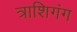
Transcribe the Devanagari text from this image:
त्राशिगंग